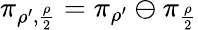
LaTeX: \pi_{\rho^{\prime},\frac{\rho}{2}}=\pi_{\rho^{\prime}}\ominus\pi_{\frac{\rho}{2}}